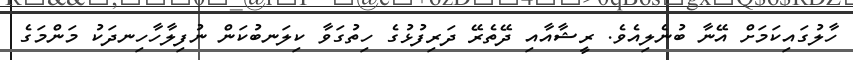
ހާލުގައިިކަމަށް އޭނާ ބުނެލިއެވެ. ރީޝާއާއި ދޭތެރޭ ދަރިފުޅުގެ ހިތުގަވާ ކިލަނބުކަން ނުފިލާހާހިނދަކު މަންމަގެ